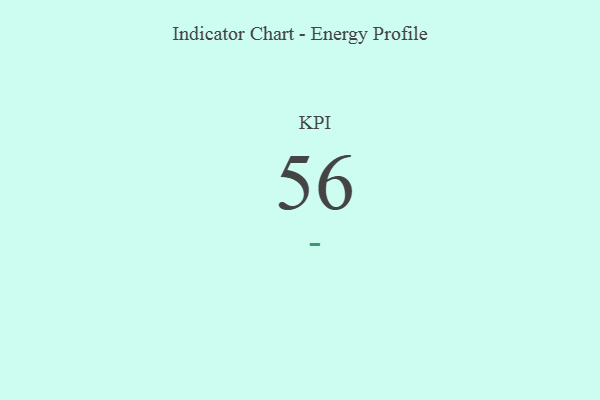
{"axis": {"x": "KPI", "y": "Value"}, "legend": [""], "data": [{"x": "KPI", "y": 56, "type": ""}]}